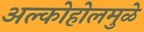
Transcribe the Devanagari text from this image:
अल्कोहोलमुळे